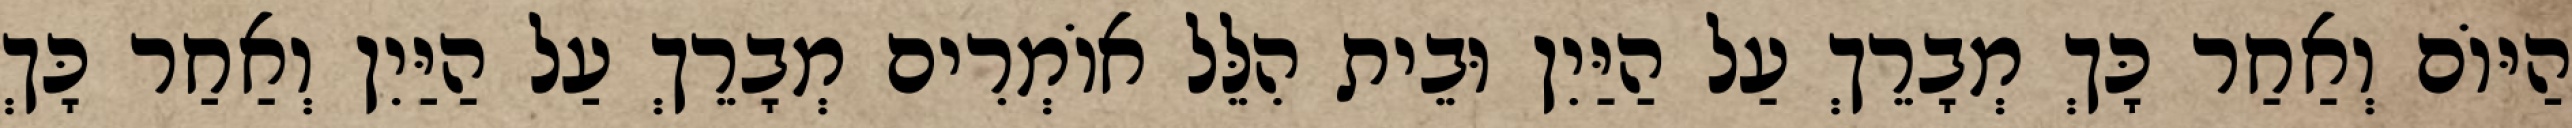
הַיּוֹם וְאַחַר כָּךְ מְבָרֵךְ עַל הַיַּיִן וּבֵית הִלֵּל אוֹמְרִים מְבָרֵךְ עַל הַיַּיִן וְאַחַר כָּךְ